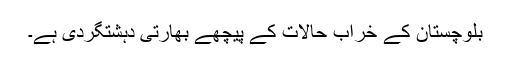
بلوچستان کے خراب حالات کے پیچھے بھارتی دہشتگردی ہے۔